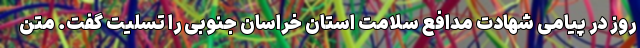
روز در پیامی شهادت مدافع سلامت استان خراسان جنوبی را تسلیت گفت. متن